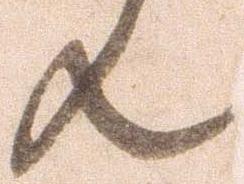
ん